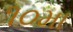
૧૦મા